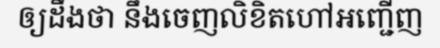
ឲ្យដឹងថា នឹងចេញលិខិតហៅអញ្ជើញ